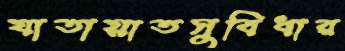
যাতায়াতসুবিধার